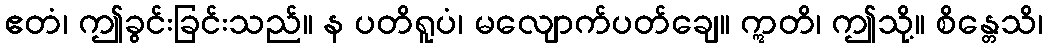
ဧတံ၊ ဤခွင်းခြင်းသည်။ န ပတိရူပံ၊ မလျောက်ပတ်ချေ။ ဣတိ၊ ဤသို့။ စိန္တေသိ၊